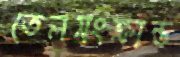
তেলসংক্রান্ত